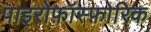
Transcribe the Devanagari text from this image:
पाइरोफ़ॉस्फ़ोरिक